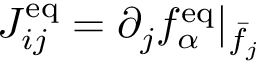
J _ { i j } ^ { \mathrm { e q } } = \partial _ { j } f _ { \alpha } ^ { \mathrm { e q } } \rvert _ { \bar { f } _ { j } }